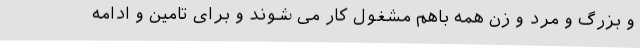
و بزرگ و مرد و زن همه باهم مشغول کار می شوند و برای تامین و ادامه